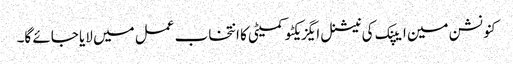
کنونشن مین ایپنک کی نیشنل ایگزیکٹو کمیٹی کا انتخاب عمل میں لایا جائے گا۔